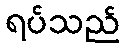
ရပ်သည်